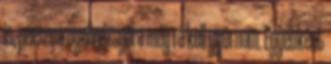
is, persze a nyelvvizsgára még rá kell gyúrnom. Egyébként